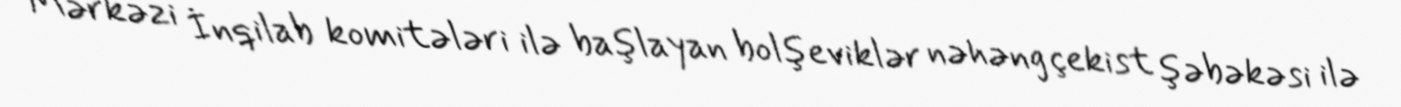
Mərkəzi İnqilab komitələri ilə başlayan bolşeviklər nəhəng çekist şəbəkəsi ilə